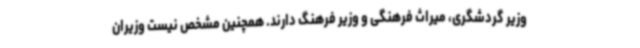
وزیر گردشگری، میراث فرهنگی و وزیر فرهنگ دارند. همچنین مشخص نیست وزیران